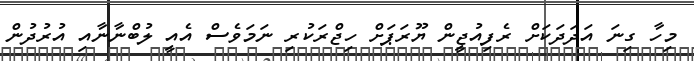
މިހާ ގިނަ އަދަދަކަށް ރެފިއުޖީން ޔޫރަޕަށް ހިޖްރަކުރި ނަމަވެސް އެއީ ލުބްނާނާއި އުރުދުން